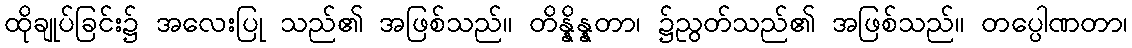
ထိုချုပ်ခြင်း၌ အလေးပြု သည်၏ အဖြစ်သည်။ တိန္နိန္နတာ၊ ၌ညွတ်သည်၏ အဖြစ်သည်။ တပ္ပေါဏတာ၊